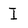
Character: I